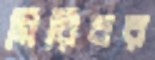
গিরিবর